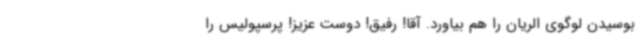
بوسیدن لوگوی الریان را هم بیاورد. آقا! رفیق! دوست عزیز! پرسپولیس را